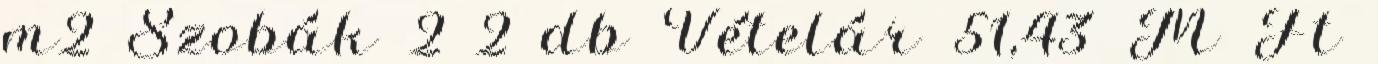
m2 Szobák 2 2 db Vételár 51,43 M Ft